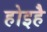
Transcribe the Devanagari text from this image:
होइहै